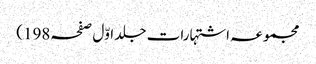
مجموعہ اشتہارات جلد اوّل صفحہ198)